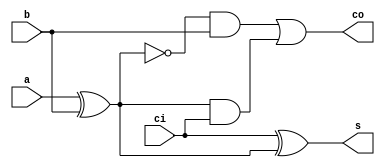
module full_adder(input b,a,ci, output co,s);

wire w;

assign w = a^b;
assign s = ci^w;
assign co = (~w&b)|(w&ci);

endmodule